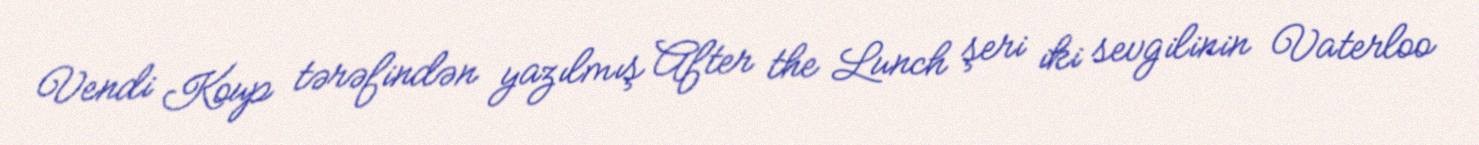
Vendi Koup tərəfindən yazılmış After the Lunch şeri iki sevgilinin Vaterloo